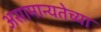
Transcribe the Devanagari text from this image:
असामान्यतेच्या